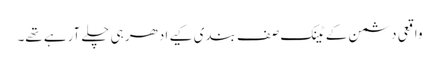
واقعی دشمن کے ٹینک صف بندی کیے ادھر ہی چلے آرہے تھے۔